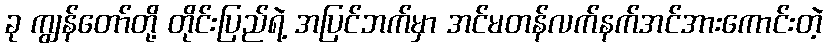
ခု ကျွန်တော်တို့ တိုင်းပြည်ရဲ့ အပြင်ဘက်မှာ အင်မတန်လက်နက်အင်အားကောင်းတဲ့